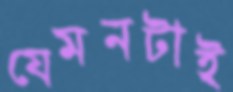
যেমনটাই